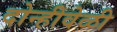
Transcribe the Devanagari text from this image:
दोन्हीवेळी